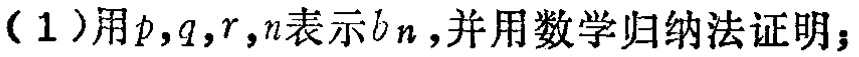
(1)用\(p,q,r,n\)表示\(b_{n}\)，并用数学归纳法证明；